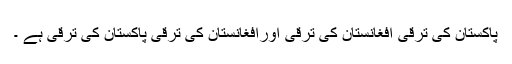
پاکستان کی ترقی افغانستان کی ترقی اورافغانستان کی ترقی پاکستان کی ترقی ہے ۔